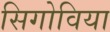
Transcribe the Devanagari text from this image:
सिगोविया